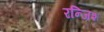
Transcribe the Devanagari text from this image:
रन्जिश